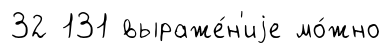
32 131 выраже́н'иjе мо́жно